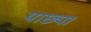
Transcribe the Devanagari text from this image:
याछ्या